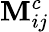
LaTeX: \mathbf{M}_{ij}^{c}